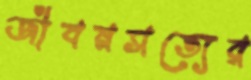
জীবনসত্যের